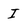
Character: I